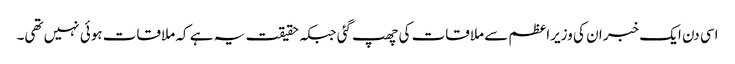
اسی دن ایک خبر ان کی وزیراعظم سے ملاقات کی چھپ گئی جبکہ حقیقت یہ ہے کہ ملاقات ہوئی نہیں تھی۔